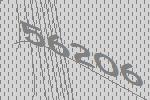
56206